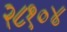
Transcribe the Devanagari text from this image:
२८१०४